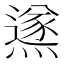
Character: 鿪